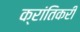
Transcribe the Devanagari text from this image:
क्रांतिकरी